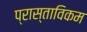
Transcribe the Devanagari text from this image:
प्रास्ताविकम